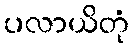
ပလာယိတုံ